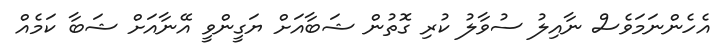
އެހެންނަމަވެސް ނާއިލު ސުވާލު ކުރި ގޮތުން ޝަބާއަށް ޔަގީންވީ އޭނާއަށް ޝަބާ ކަމެއް